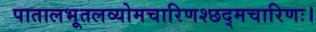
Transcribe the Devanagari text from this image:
पातालभूतलव्योमचारिणश्छद्मचारिणः।